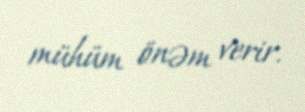
mühüm önəm verir.